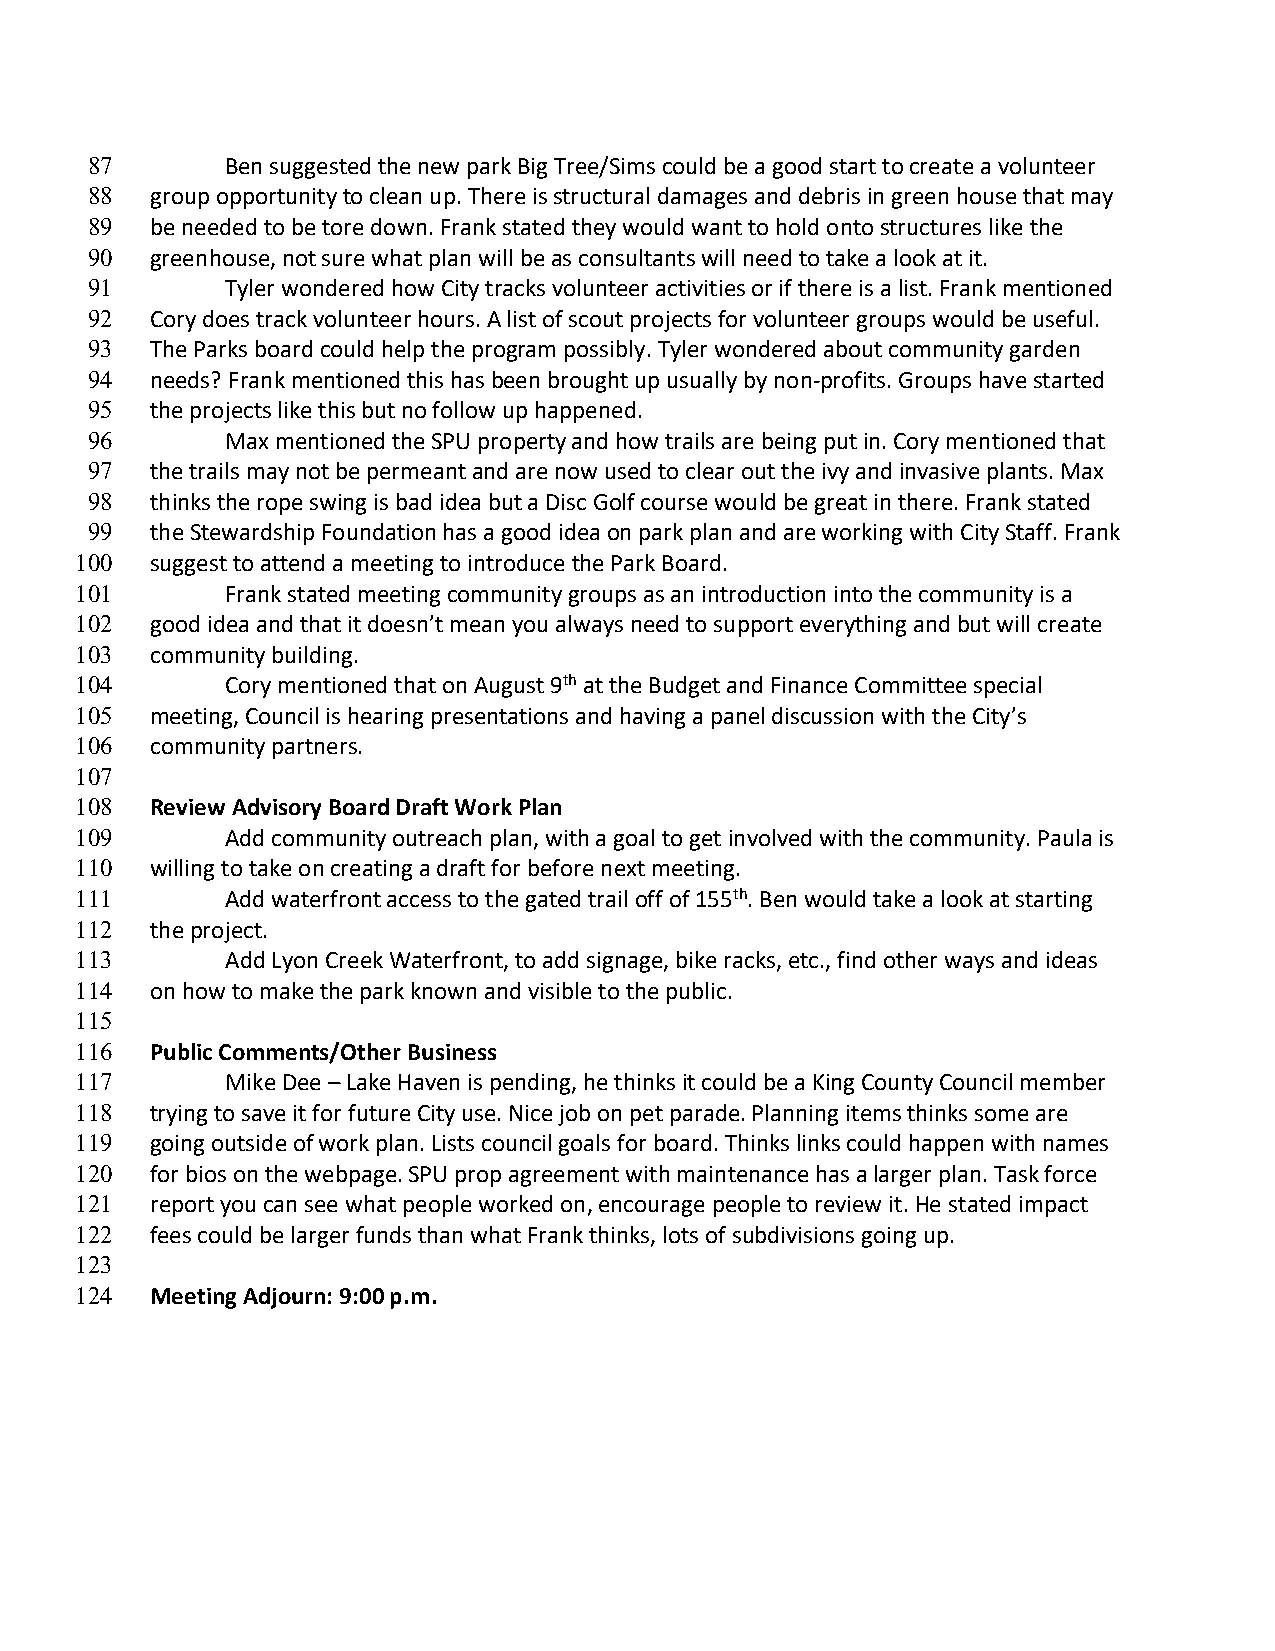
87       Ben suggested the new park Big Tree/Sims could be a good start to create a volunteer
 88  group opportunity to clean up. There is structural damages and debris in green house that may
 89  be needed to be tore down. Frank stated they would want to hold onto structures like the
 90  greenhouse, not sure what plan will be as consultants will need to take a look at it.
 91       Tyler wondered how City tracks volunteer activities or if there is a list. Frank mentioned
 92  Cory does track volunteer hours. A list of scout projects for volunteer groups would be useful.
 93  The Parks board could help the program possibly. Tyler wondered about community garden
 94  needs? Frank mentioned this has been brought up usually by non-profits. Groups have started
 95  the projects like this but no follow up happened.
 96       Max mentioned the SPU property and how trails are being put in. Cory mentioned that
 97  the trails may not be permeant and are now used to clear out the ivy and invasive plants. Max
 98  thinks the rope swing is bad idea but a Disc Golf course would be great in there. Frank stated
 99  the Stewardship Foundation has a good idea on park plan and are working with City Staff. Frank
 100  suggest to attend a meeting to introduce the Park Board.
 101       Frank stated meeting community groups as an introduction into the community is a
 102  good idea and that it doesn’t mean you always need to support everything and but will create
 103  community building.
 104       Cory mentioned that on August 9th at the Budget and Finance Committee special
 105  meeting, Council is hearing presentations and having a panel discussion with the City’s
 106  community partners.
 107
 108  Review Advisory Board Draft Work Plan
 109       Add community outreach plan, with a goal to get involved with the community. Paula is
 110  willing to take on creating a draft for before next meeting.
 111       Add waterfront access to the gated trail off of 155th. Ben would take a look at starting
 112  the project.
 113       Add Lyon Creek Waterfront, to add signage, bike racks, etc., find other ways and ideas
 114  on how to make the park known and visible to the public.
 115
 116  Public Comments/Other Business
 117       Mike Dee – Lake Haven is pending, he thinks it could be a King County Council member
 118  trying to save it for future City use. Nice job on pet parade. Planning items thinks some are
 119  going outside of work plan. Lists council goals for board. Thinks links could happen with names
 120  for bios on the webpage. SPU prop agreement with maintenance has a larger plan. Task force
 121  report you can see what people worked on, encourage people to review it. He stated impact
 122  fees could be larger funds than what Frank thinks, lots of subdivisions going up.
 123
 124  Meeting Adjourn: 9:00 p.m.